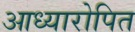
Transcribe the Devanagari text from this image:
आध्यारोपित